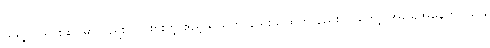
သူရဲ့ ပင်ရင်းဆိုင်မှာလည်း လာစားတဲ့ ဧည့်သည်က နည်းသထက် နည်းလာတော့ အခြေအနေကလည်း